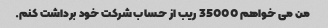
من می خواهم 35000 ریب از حساب شرکت خود برداشت کنم.